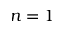
n = 1